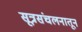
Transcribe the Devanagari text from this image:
सूत्रसंचलनातून